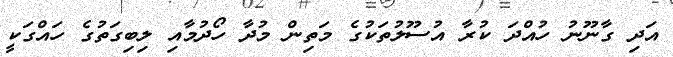
އަދި ގާނޫނު ހުއްދަ ކުރާ އުސޫލުތަކުގެ މަތިން މުދާ ހޯދުމާއި ލިބިގަތުގެ ހައްގަކީ